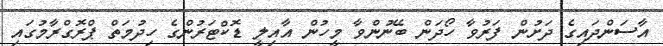
އާސަންދައިގެ ދަށުން ފަރުވާ ހޯދަން ބޭނުންވާ މީހުން އާއިލީ ޑޮކްޓަރުންގެ ހިދުމަތް ޕްރޮގްރާމުގައި